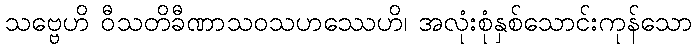
သဗ္ဗေဟိ ဝီသတိခီဏာသဝသဟဿေဟိ၊ အလုံးစုံနှစ်သောင်းကုန်သော